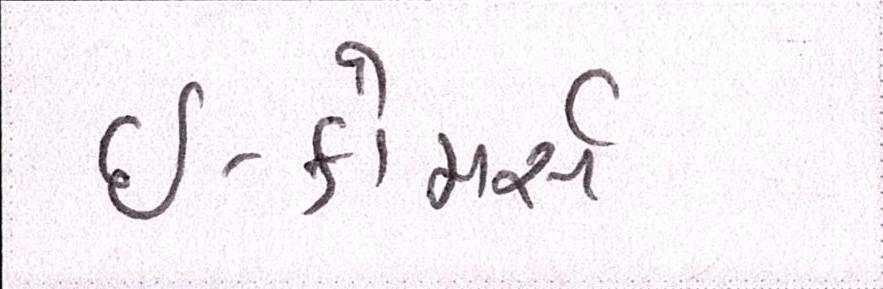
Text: ઇ-કોમર્સ